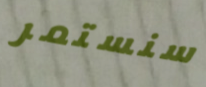
سنستمر